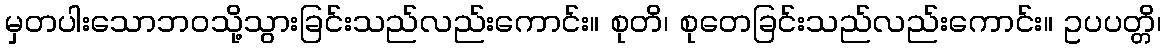
မှတပါးသောဘဝသို့သွားခြင်းသည်လည်းကောင်း။ စုတိ၊ စုတေခြင်းသည်လည်းကောင်း။ ဥပပတ္တိ၊